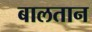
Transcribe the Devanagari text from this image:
बालतान